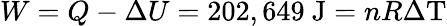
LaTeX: W=Q-\Delta U=202,649{\mathrm{~J}}=nR\Delta\mathrm{T}